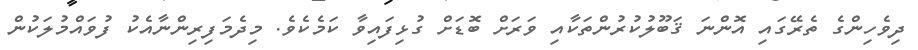
ދިވެހިންގެ ތެރޭގައި އޮންނަ ޤަބޫލުކުރުންތަކާއި ވަރަށް ބޮޑަށް ގުޅިފައިވާ ކަމެކެވެ. މިދެމަފިރިންނާއެކު ފުވައްމުލަކުން